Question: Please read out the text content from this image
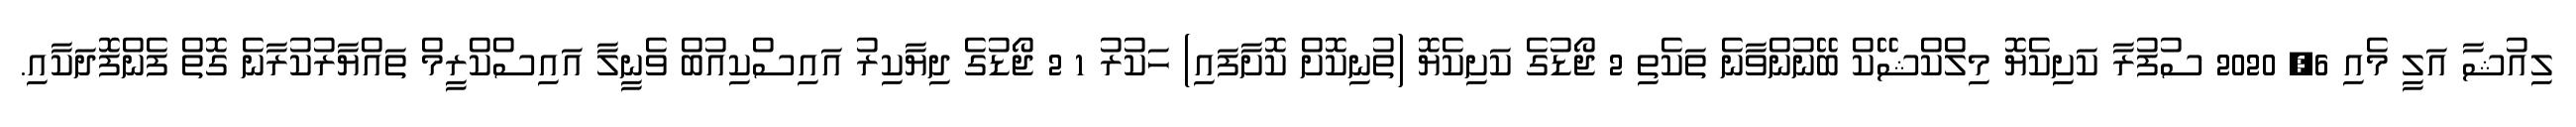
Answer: ލިއުޝާ އަލީ މެއި 6, 2020 ސުފުރާ ކަށިކެޔޮ މިލްކްޝޭކް ބޭނުންވާނެ ތަކެތި 2 ޖޯޑުގެ ކަށިކެޔޮ (ތުނިކޮށް ކޮށާފައި) ހަކުރު 1 2 ޖޯޑުގެ ދިޔާކިރު އައިސްކިއުބް ވެނީލާ އައިސްކްރީމް ތައްޔާރުކުރާނެ ގޮތް ފެންފޮދަކާއި.